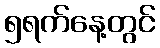
၅ရက်နေ့တွင်